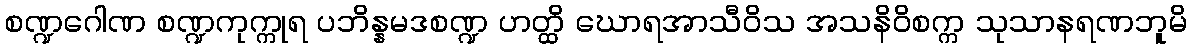
စဏ္ဍဂေါဏ စဏ္ဍကုက္ကုရ ပဘိန္နမဒစဏ္ဍ ဟတ္ထိ ဃောရအာသီဝိသ အသနိဝိစက္က သုသာနရဏဘူမိ